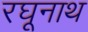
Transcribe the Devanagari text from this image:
रघूनाथ